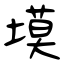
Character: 塻